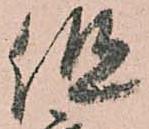
但